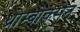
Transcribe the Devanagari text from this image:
थ्रोम्बोक्सेन